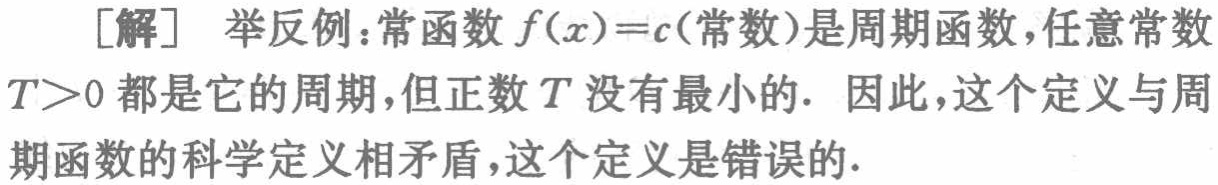
[解] 举反例：常函数 \(f(x)=c\)（常数）是周期函数，任意常数 \(T > 0\) 都是它的周期，但正数 \(T\) 没有最小的. 因此，这个定义与周期函数的科学定义相矛盾，这个定义是错误的.